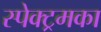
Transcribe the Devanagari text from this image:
स्पेक्ट्रमका